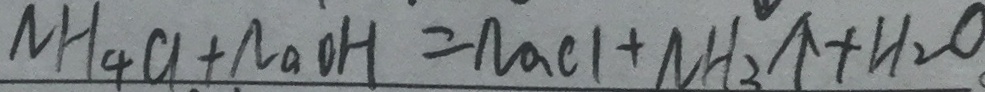
N H _ { 4 } C l + N a O H = N a C l + N H _ { 3 } \uparrow + H _ { 2 } O